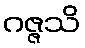
ဂဇ္ဇသိ